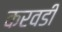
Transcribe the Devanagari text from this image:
करवडी